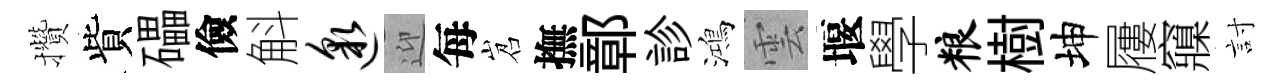
攢貲礧儉斛邈迎每岧撫鄣診鴻雲堰學粮樹坤屨䆿討